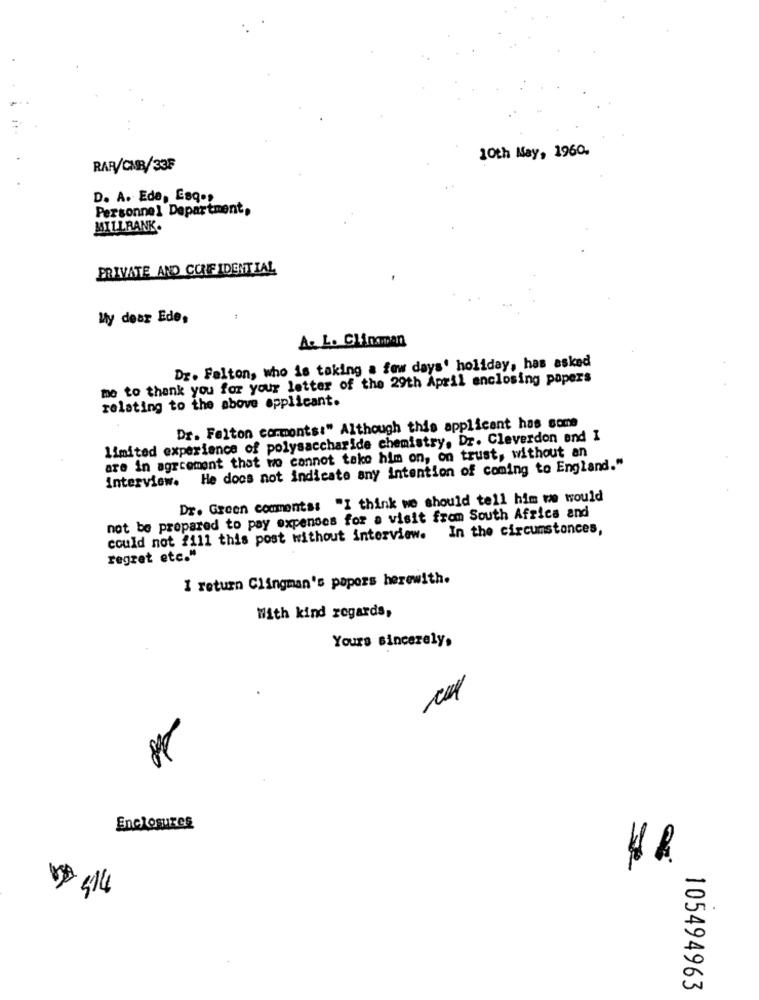
10th May, 1960.
RAR/CMB/33F
D. A. Ede, Esqos
Personnel Department,
MILLRANK.
PRIVATE AND CONFIDENTIAL
My dear Ede,
A. L. Clinaman
Dr. Falton, who is taking a few days' holiday, has asked
me to thank you for your letter of the 29th April enclosing papers
relating to the above applicant.
Dr. Felton comments:" Although this applicant has come
limited experience of polysaccharide chemistry. Dr. Cleverdon and I
are in agreement that we cannot take him on, on trust, without an
Interview. He does not indicate any intention of coming to England."
Dr. Green comments: "I think we should tell him we would
not be prepared to pay expenses for a visit from South Africa and
In the circumstances,
could not 2111 this post without interview.
regret etc."
I return Clingman's papers herewith.
With kind regards,
Yours sincerely.
Enclosures
4
105494963